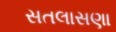
સતલાસણા